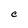
Character: C